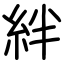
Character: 絆